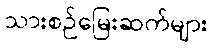
သားစဉ်မြေးဆက်များ